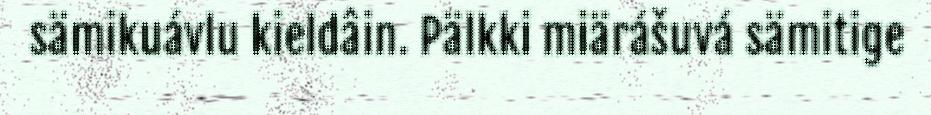
sämikuávlu kieldâin. Pälkki miärášuvá sämitige